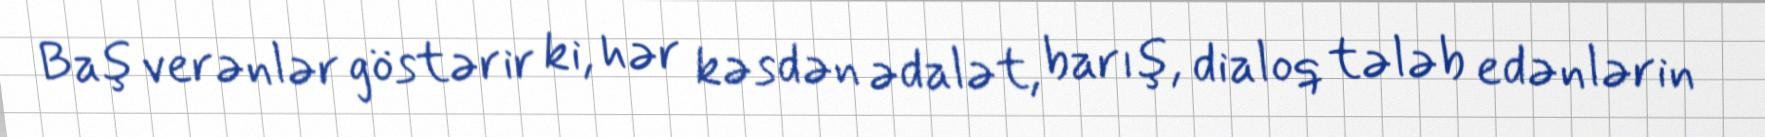
Baş verənlər göstərir ki, hər kəsdən ədalət, barış, dialoq tələb edənlərin